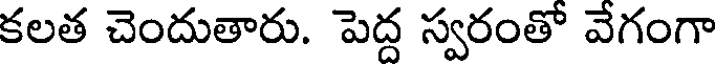
కలత చెందుతారు. పెద్ద స్వరంతో వేగంగా